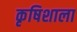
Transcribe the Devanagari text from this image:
कृषिशाला